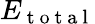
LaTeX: E_{\mathrm{~t~o~t~a~l~}}